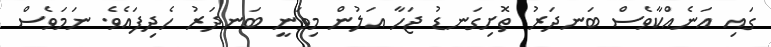
ގައި އަނެއްކާވެސް ބަނދަރު ތޮށިގަނޑު ޖަހާ އަލުން މިވަނީ ބަނދަރު ހެދިފައެވެ. ނަމަވެސް